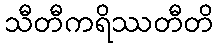
သီတီကရိဿတီတိ